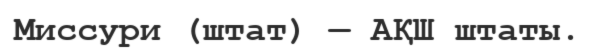
Миссури (штат) — АҚШ штаты.